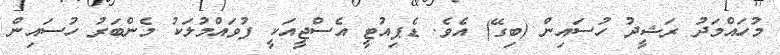
މުހައްމަދު ރަޝީދު ހުސައިން (ބިގޭ) އެވެ. ޑެޕިއުޓީ އެސްޖީއަކީ ފުވައްމުލަކު މެންބަރު ހުސައިން